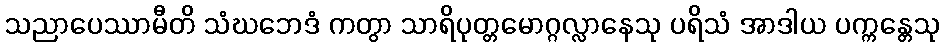
သညာပေဿာမီတိ သံဃဘေဒံ ကတွာ သာရိပုတ္တမောဂ္ဂလ္လာနေသု ပရိသံ အာဒါယ ပက္ကန္တေသု